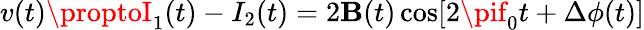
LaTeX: v(t)\proptoI_{1}(t)-I_{2}(t)=2\mathbf{B}(t)\cos[2\pif_{0}t+\Delta\phi(t)]